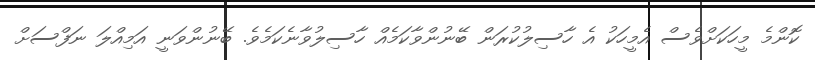
ކޮންމެ މީހަކަށްވެސް އެމީހަކު އެ ހާސިލުކުރަން ބޭނުންވާކަމެއް ހާސިލުވާނެކަމެވެ. ބޭނުންވަނީ އަމިއްލަ ނަފްސަށް